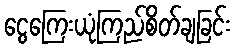
ငွေကြေးယုံကြည်စိတ်ချခြင်း